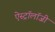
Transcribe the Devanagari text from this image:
ऐस्ट्रॉलॉजी